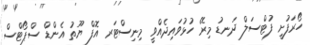
ހޯރަފުށީ ފުޓްސަލް ދަނޑު މިރޭ ހުޅުވައިދެއްވީ މިނިސްޓަރ އޮފް ޔޫތު އެންޑް ސްޕޯޓްސް